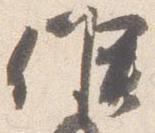
候